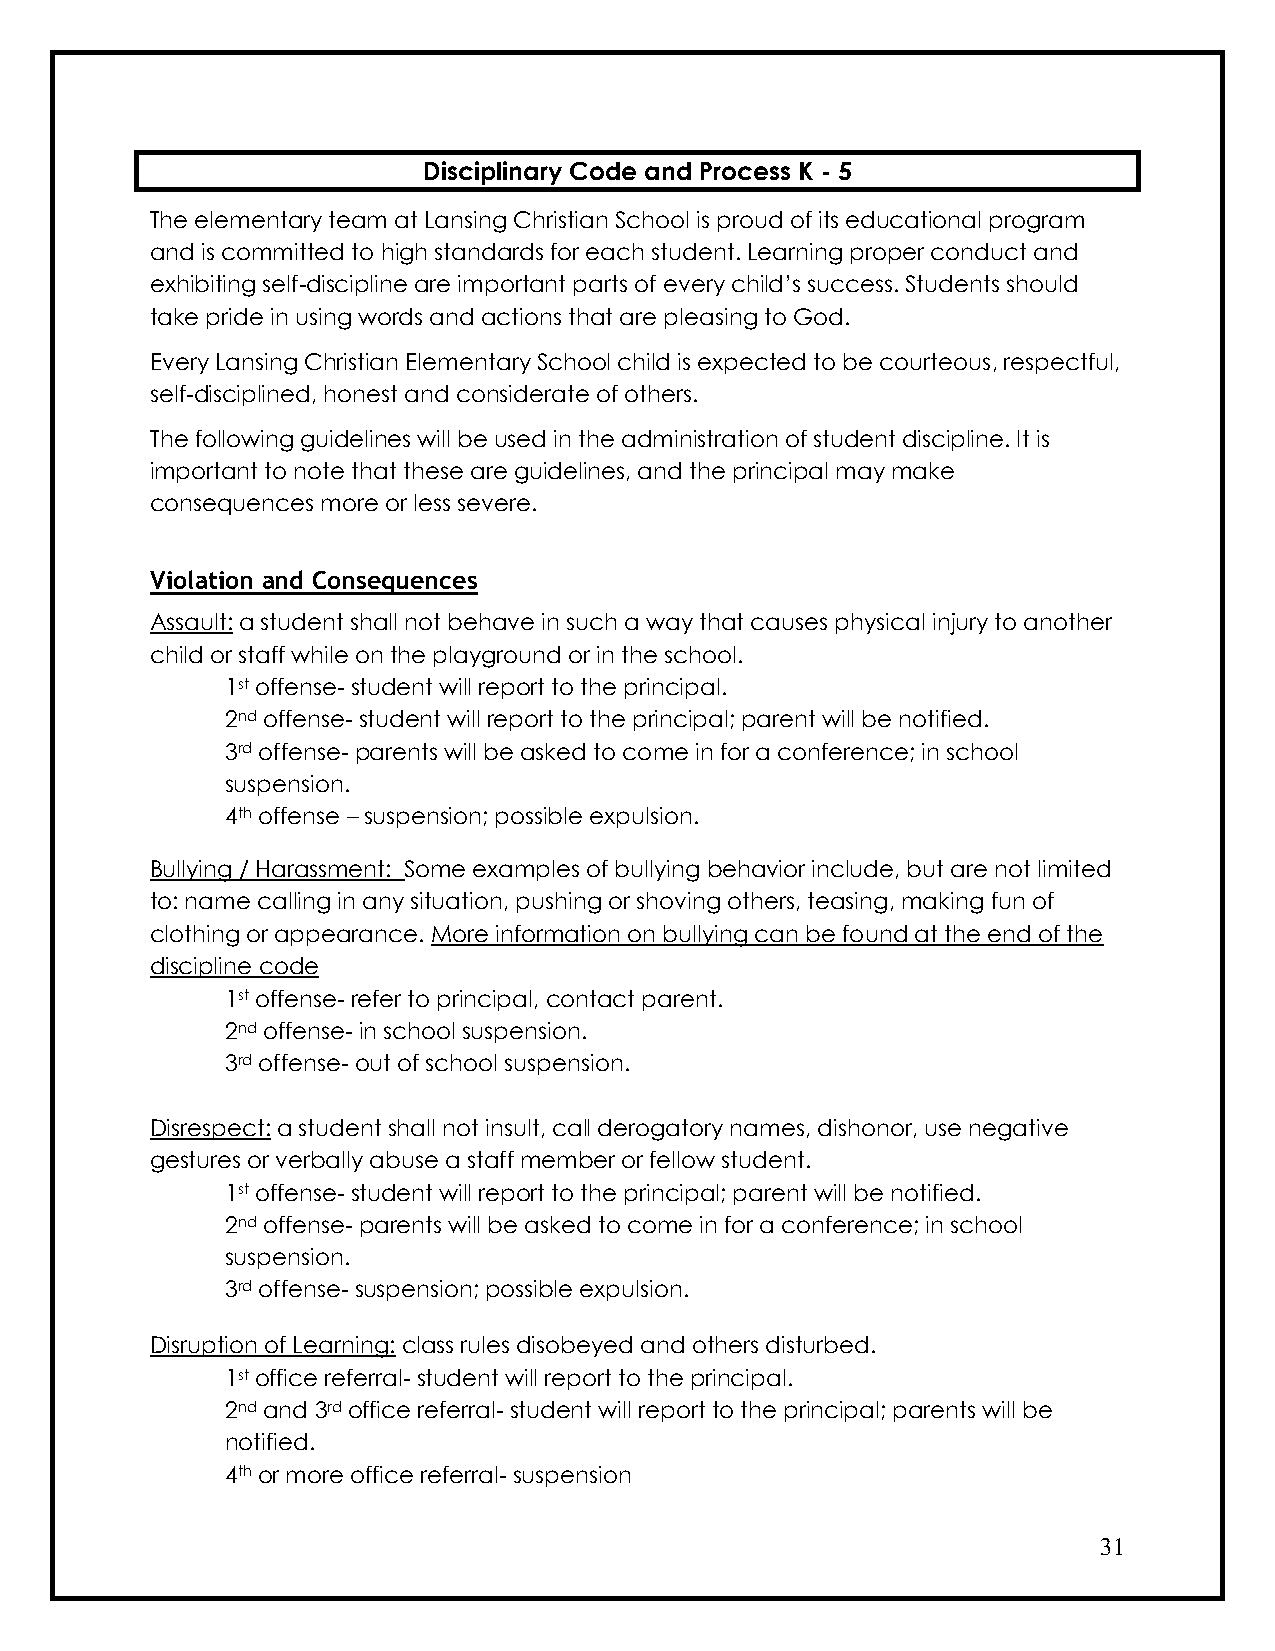
Disciplinary Code and Process K - 5
 The elementary team at Lansing Christian School is proud of its educational program
 and is committed to high standards for each student. Learning proper conduct and
 exhibiting self-discipline are important parts of every child’s success. Students should
 take pride in using words and actions that are pleasing to God.
 Every Lansing Christian Elementary School child is expected to be courteous, respectful,
 self-disciplined, honest and considerate of others.
 The following guidelines will be used in the administration of student discipline. It is
 important to note that these are guidelines, and the principal may make
 consequences more or less severe.
 Violation and Consequences
 Assault: a student shall not behave in such a way that causes physical injury to another
 child or staff while on the playground or in the school.
 1st offense- student will report to the principal.
 2nd offense- student will report to the principal; parent will be notified.
 3rd offense- parents will be asked to come in for a conference; in school
 suspension.
 4th offense – suspension; possible expulsion.
 Bullying / Harassment: Some examples of bullying behavior include, but are not limited
 to: name calling in any situation, pushing or shoving others, teasing, making fun of
 clothing or appearance. More information on bullying can be found at the end of the
 discipline code
 1st offense- refer to principal, contact parent.
 2nd offense- in school suspension.
 3rd offense- out of school suspension.
 Disrespect: a student shall not insult, call derogatory names, dishonor, use negative
 gestures or verbally abuse a staff member or fellow student.
 1st offense- student will report to the principal; parent will be notified.
 2nd offense- parents will be asked to come in for a conference; in school
 suspension.
 3rd offense- suspension; possible expulsion.
 Disruption of Learning: class rules disobeyed and others disturbed.
 1st office referral- student will report to the principal.
 2nd and 3rd office referral- student will report to the principal; parents will be
 notified.
 4th or more office referral- suspension
 31